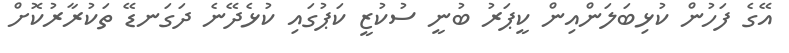
އޭގެ ފަހުން ކުޅިބަލަންއިން ކީޕަރު ބުނީ ސުކުޒީ ކަޕުގައި ކުޅެދޭނެ ދަގަނޑޭ ތަކުރާރުކޮށް